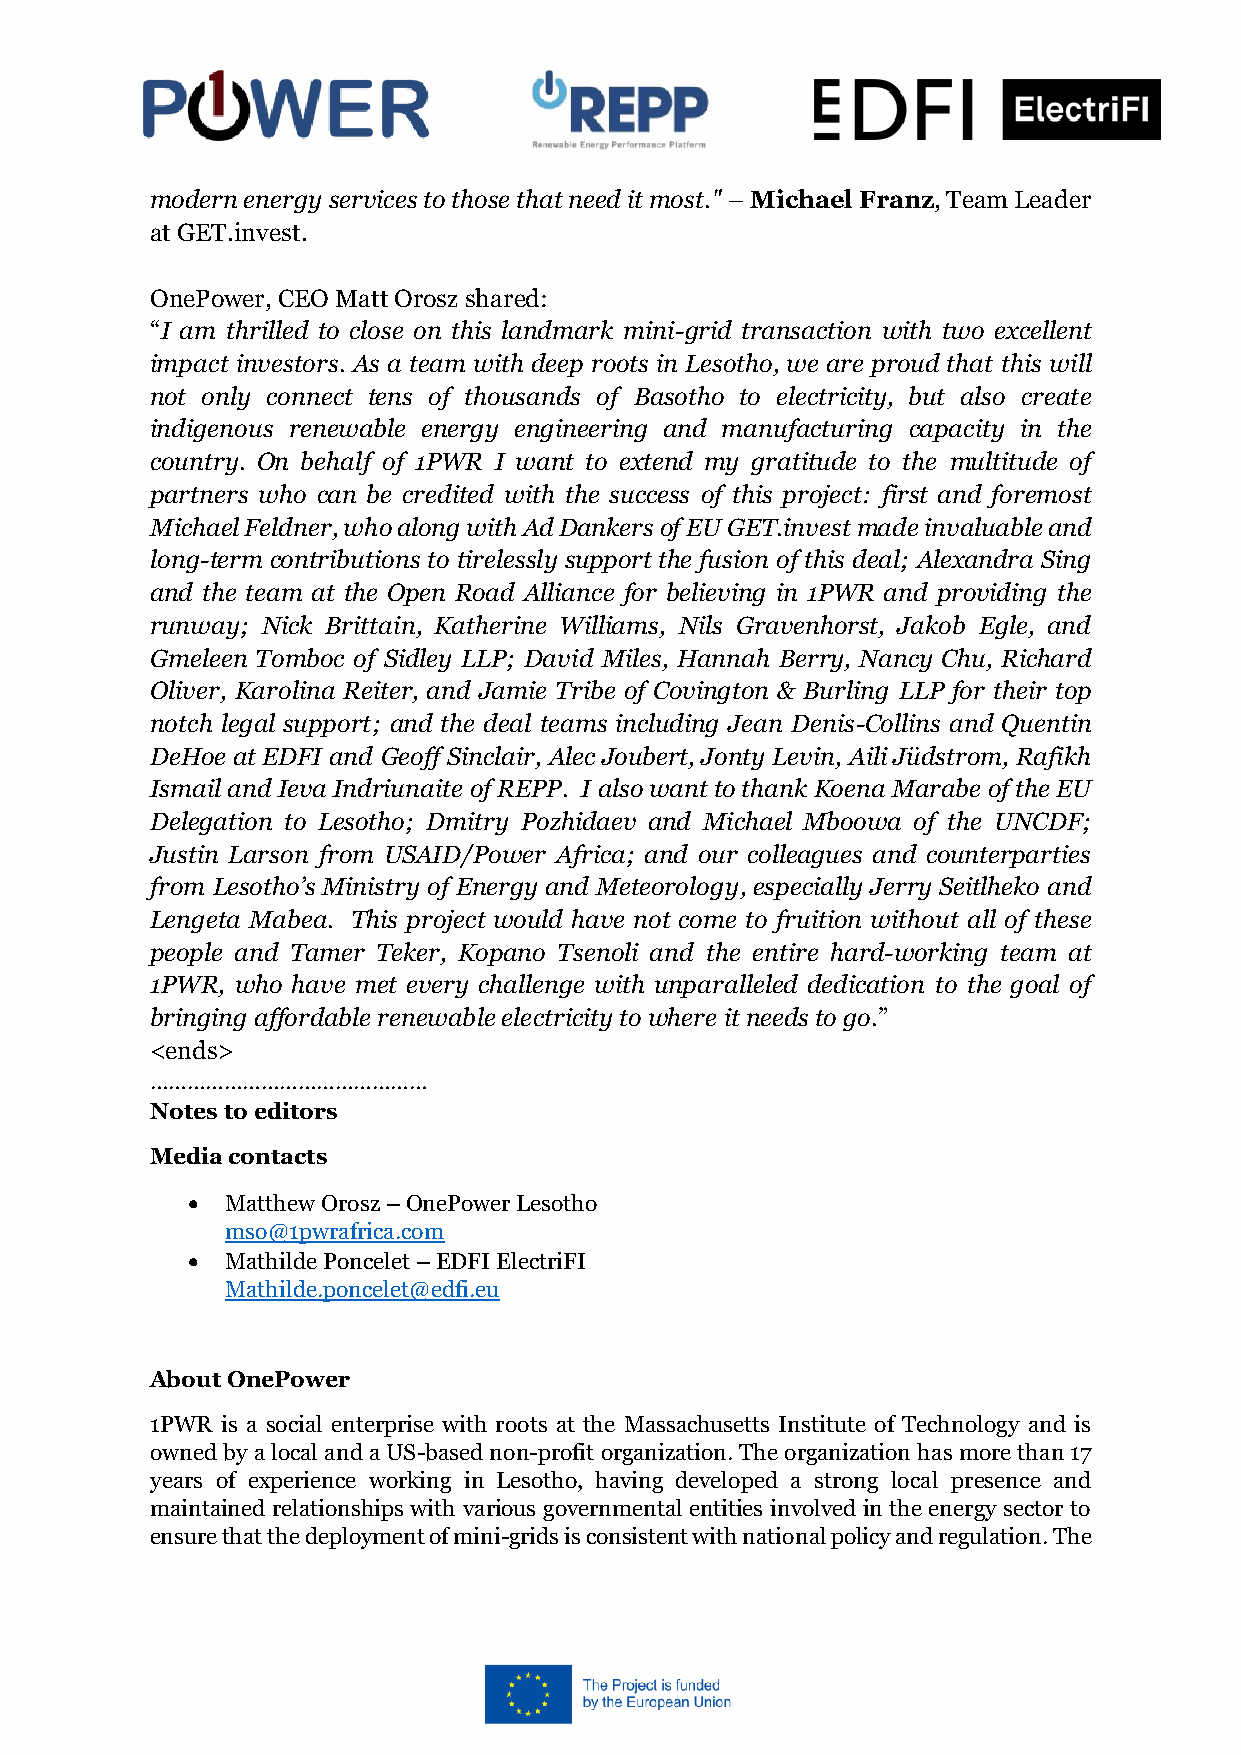
modern energy services to those that need it most." – Michael Franz, Team Leader
 at GET.invest.
 OnePower, CEO Matt Orosz shared:
 “I am thrilled to close on this landmark mini-grid transaction with two excellent
 impact investors. As a team with deep roots in Lesotho, we are proud that this will
 not only connect tens of thousands of Basotho to electricity, but also create
 indigenous renewable energy engineering and manufacturing capacity in the
 country. On behalf of 1PWR I want to extend my gratitude to the multitude of
 partners who can be credited with the success of this project: first and foremost
 Michael Feldner, who along with Ad Dankers of EU GET.invest made invaluable and
 long-term contributions to tirelessly support the fusion of this deal; Alexandra Sing
 and the team at the Open Road Alliance for believing in 1PWR and providing the
 runway; Nick Brittain, Katherine Williams, Nils Gravenhorst, Jakob Egle, and
 Gmeleen Tomboc of Sidley LLP; David Miles, Hannah Berry, Nancy Chu, Richard
 Oliver, Karolina Reiter, and Jamie Tribe of Covington & Burling LLP for their top
 notch legal support; and the deal teams including Jean Denis-Collins and Quentin
 DeHoe at EDFI and Geoff Sinclair, Alec Joubert, Jonty Levin, Aili Jüdstrom, Rafikh
 Ismail and Ieva Indriunaite of REPP. I also want to thank Koena Marabe of the EU
 Delegation to Lesotho; Dmitry Pozhidaev and Michael Mboowa of the UNCDF;
 Justin Larson from USAID/Power Africa; and our colleagues and counterparties
 from Lesotho’s Ministry of Energy and Meteorology, especially Jerry Seitlheko and
 Lengeta Mabea. This project would have not come to fruition without all of these
 people and Tamer Teker, Kopano Tsenoli and the entire hard-working team at
 1PWR, who have met every challenge with unparalleled dedication to the goal of
 bringing affordable renewable electricity to where it needs to go.”
 <ends>
 ………………………………………
 Notes to editors
 Media contacts
 •  Matthew Orosz – OnePower Lesotho
 mso@1pwrafrica.com
 •  Mathilde Poncelet – EDFI ElectriFI
 Mathilde.poncelet@edfi.eu
 About OnePower
 1PWR is a social enterprise with roots at the Massachusetts Institute of Technology and is
 owned by a local and a US-based non-profit organization. The organization has more than 17
 years of experience working in Lesotho, having developed a strong local presence and
 maintained relationships with various governmental entities involved in the energy sector to
 ensure that the deployment of mini-grids is consistent with national policy and regulation. The